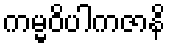
ကမ္မဝိပါကဇာနိ